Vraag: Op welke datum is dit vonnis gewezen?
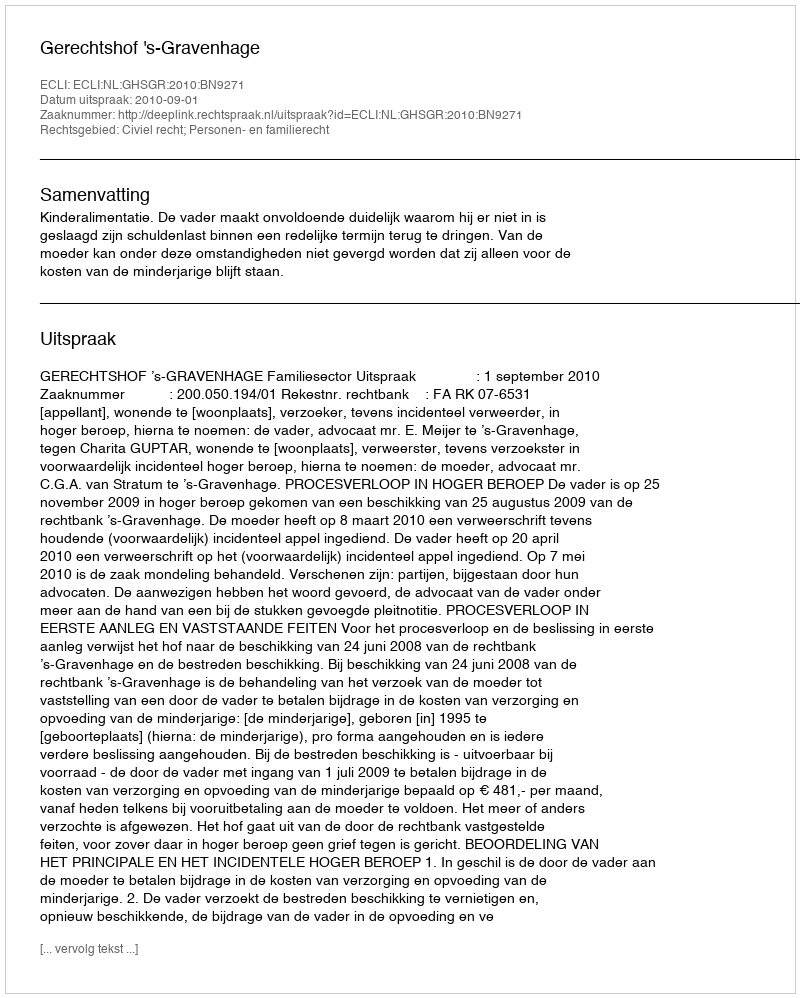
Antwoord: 2010-09-01